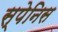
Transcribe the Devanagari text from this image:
स्पेनिस